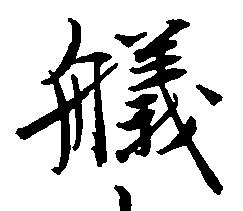
艤